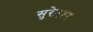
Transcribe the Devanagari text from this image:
सुरेद्रवर